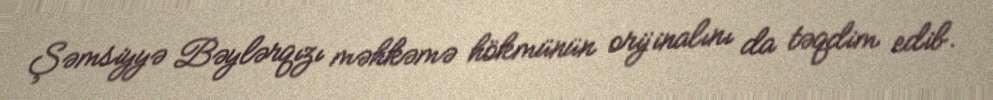
Şəmsiyyə Bəylərqızı məhkəmə hökmünün orijinalını da təqdim edib.